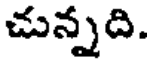
చున్నది.